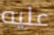
عليه